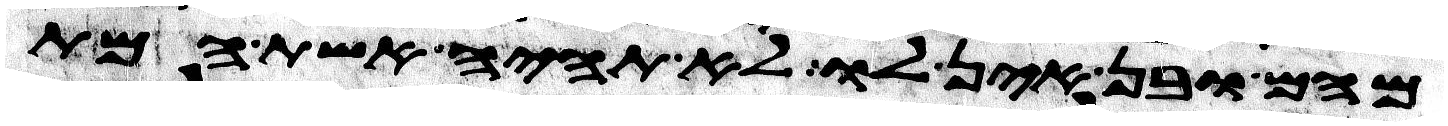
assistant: מהם ובן אין לו לא תהיה אשת המת